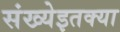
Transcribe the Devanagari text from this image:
संख्येइतक्या